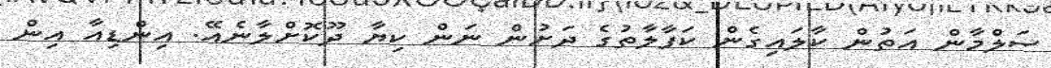
ސަލްމާން އަތުން ކާލައިގެން ކަފާލާތުގެ ދަށުން ނަން ކިޔާ ދޫކޮށްލާނެއޭ. އިންޑިއާ އިން